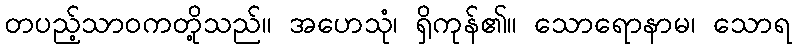
တပည့်သာဝကတို့သည်။ အဟေသုံ၊ ရှိကုန်၏။ သောရောနာမ၊ သောရ